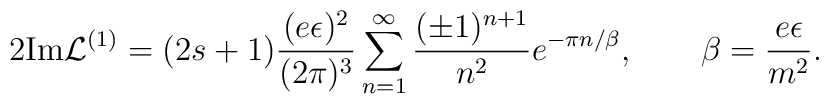
2\hbox{Im}{\cal L}^{(1)}=(2s+1)\frac{(e\epsilon )^2}{(2\pi)^3}\sum_{n=1}^\infty\frac{(\pm 1)^{n+1}}{n^2}e^{-\pi n/\beta}, \qquad \beta=\frac{e\epsilon}{m^2}.